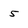
Character: 5